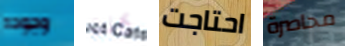
وجوده كنت احتاجت محاصرة